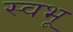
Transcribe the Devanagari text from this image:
स्वभू